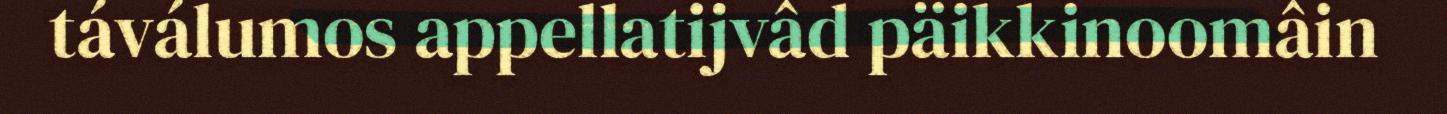
táválumos appellatijvâd päikkinoomâin